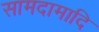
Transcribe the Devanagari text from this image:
सामदामादि